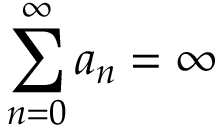
\sum _ { n = 0 } ^ { \infty } a _ { n } = \infty